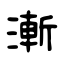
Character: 漸